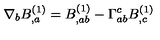
\nabla _ { b } B _ { , a } ^ { ( 1 ) } = B _ { , a b } ^ { ( 1 ) } - \Gamma _ { a b } ^ { c } B _ { , c } ^ { ( 1 ) }